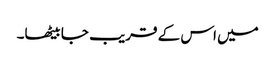
میں اس کے قریب جا بیٹھا۔